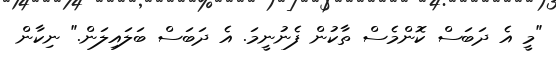
"މީ އެ ދަބަސް ކޮންމެސް ތާކުން ފެނުނީމަ. އެ ދަބަސް ބަލައިލަން." ނިކާން